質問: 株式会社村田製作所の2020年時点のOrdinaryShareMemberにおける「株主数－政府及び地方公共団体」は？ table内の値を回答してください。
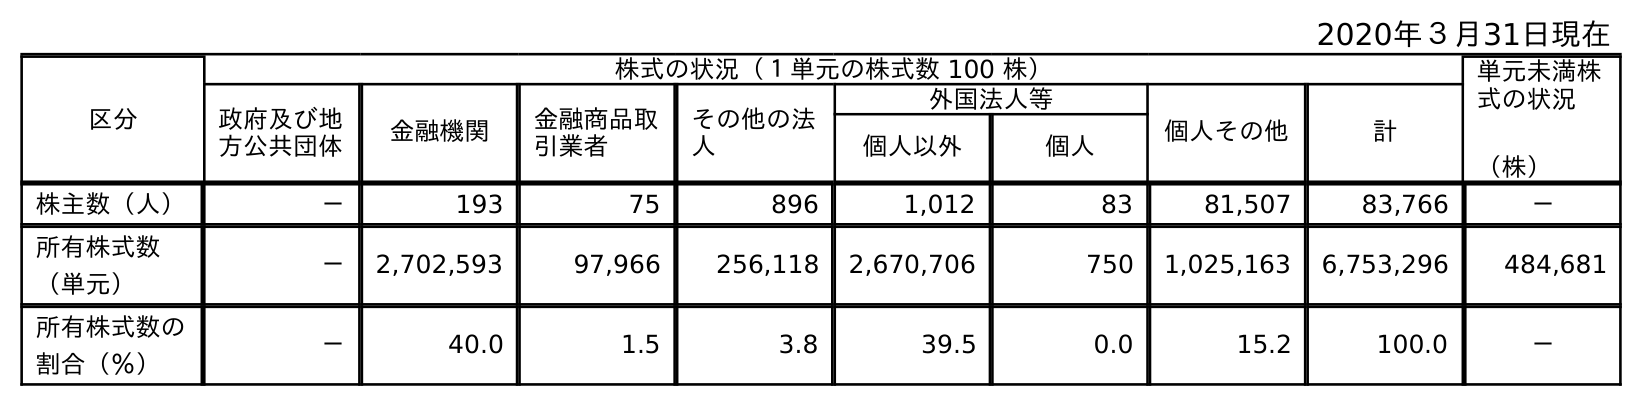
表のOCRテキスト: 2020年３月31日現在 区分 株式の状況（１単元の株式数 100 株） 単元未満株 式の状況 （株） 政府及び地 方公共団体 金融機関 金融商品取 引業者 その他の法 人 外国法人等 個人その他 計 個人以外 個人 株主数（人） － 193 75 896 1,012 83 81,507 83,766 － 所有株式数 （単元） － 2,702,593 97,966 256,118 2,670,706 750 1,025,163 6,753,296 484,681 所有株式数の 割合（％） － 40.0 1.5 3.8 39.5 0.0 15.2 100.0 －
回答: －